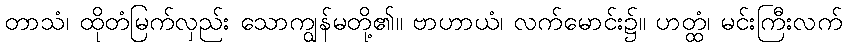
တာသံ၊ ထိုတံမြက်လှည်း သောကျွန်မတို့၏။ ဗာဟာယံ၊ လက်မောင်း၌။ ဟတ္ထံ၊ မင်းကြီးလက်